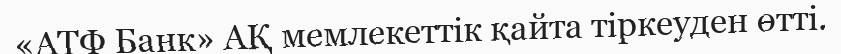
«АТФ Банк» АҚ мемлекеттік қайта тіркеуден өтті.